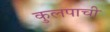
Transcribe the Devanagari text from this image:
कुलपाची